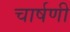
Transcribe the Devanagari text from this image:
चार्षणी